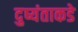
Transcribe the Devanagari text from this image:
दुष्यंताकडे